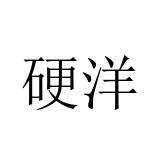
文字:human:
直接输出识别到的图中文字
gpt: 硬洋